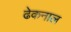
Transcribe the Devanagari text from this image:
ढेकनाल